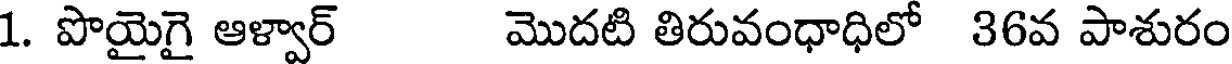
1. పొయైగై ఆళ్వార్ మొదటి తిరువంధాధిలో 36వ పాశురం